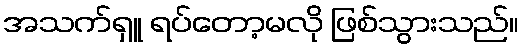
အသက်ရှူ ရပ်တော့မလို ဖြစ်သွားသည်။